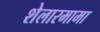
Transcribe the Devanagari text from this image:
शेलारमामा